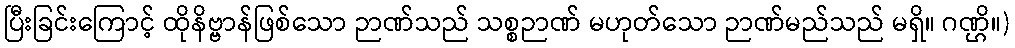
ပြီးခြင်းကြောင့် ထိုနိဗ္ဗာန်ဖြစ်သော ဉာဏ်သည် သစ္စဉာဏ် မဟုတ်သော ဉာဏ်မည်သည် မရှိ။ ဂဏ္ဌိ။)